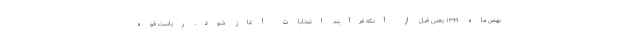
بهمن ماه ۱۳۹۹ یعنی قبل از آنکه فرآیند انتخابات آغاز شود، ریاست قوه